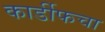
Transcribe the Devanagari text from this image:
कार्डीफचा